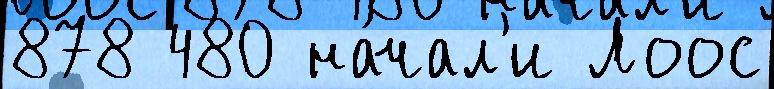
878 480 на́чал'и Лоос